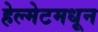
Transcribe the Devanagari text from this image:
हेल्मेटमधून